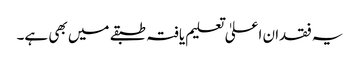
یہ فقدان اعلیٰ تعلیم یافتہ طبقے میں بھی ہے۔